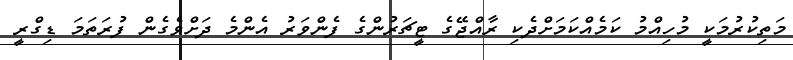
މަތިކުރުމަކީ މުހިއްމު ކަމެއްކަމަށްދެކި ރާއްޖޭގެ ޓީޗަރުންގެ ފެންވަރު އެންމެ ދަށްވެގެން ފުރަތަމަ ޑިގްރީ